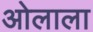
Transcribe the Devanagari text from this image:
ओलाला